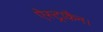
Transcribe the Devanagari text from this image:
ऐस्ट्राकैन।